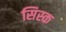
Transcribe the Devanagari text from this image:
सिस्क